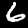
Digit: 6